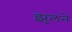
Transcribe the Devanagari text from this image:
झुलने